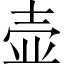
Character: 壶